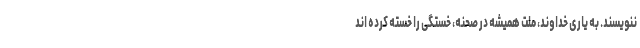
ننویسند. به یاری خداوند، ملت همیشه در صحنه، خستگی را خسته کرده اند